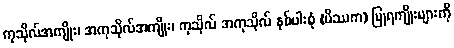
ကုသိုလ်အကျိုး၊ အကုသိုလ်အကျိုး၊ ကုသိုလ် အကုသိုလ် နှစ်ပါးစုံ (မိဿက) ပြုရကျိုးများကို